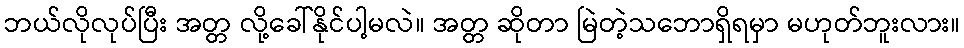
ဘယ်လိုလုပ်ပြီး အတ္တ လို့ခေါ်နိုင်ပါ့မလဲ။ အတ္တ ဆိုတာ မြဲတဲ့သဘောရှိရမှာ မဟုတ်ဘူးလား။